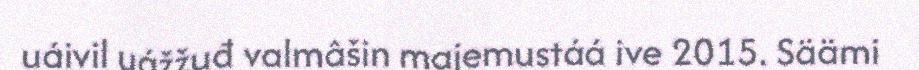
uáivil uážžuđ valmâšin majemustáá ive 2015. Säämi